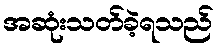
အဆုံးသတ်ခဲ့ရသည်